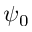
\psi _ { 0 }